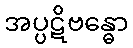
အပ္ပဋိဗန္ဓော